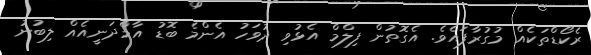
ރެކޯޑްތަކެއް މުގުރާފައެވެ. އެގޮތުން ފިލްމް އެޅުވި ދުވަހު އެންމެ ބޮޑު އާމްދަނީއެއް ލިބުނު